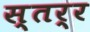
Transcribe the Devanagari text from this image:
स्तर्र